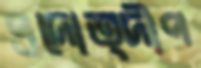
প্রদোত্দীপ